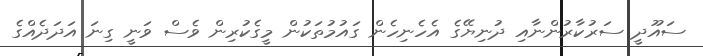
ސައޫދީ ސަރުކާރުންނާއި ދުނިޔޭގެ އެހެނިހެން ގައުމުތަކުން މީގެކުރިން ވެސް ވަނީ ގިނަ އަދަދެއްގެ